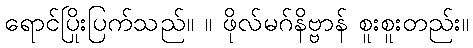
ရောင်ပြိုးပြက်သည်။ ။ ဖိုလ်မဂ်နိဗ္ဗာန် စူးစူးတည်း။